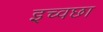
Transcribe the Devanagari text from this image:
इच्वछा